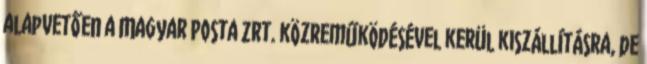
alapvetően a Magyar Posta Zrt. közreműködésével kerül kiszállításra, de